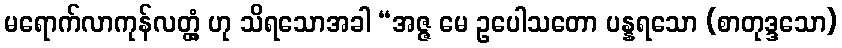
မရောက်လာကုန်လတ္တံ့ ဟု သိရသောအခါ “အဇ္ဇ မေ ဥပေါသတော ပန္နရသော (စာတုဒ္ဒသော)